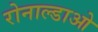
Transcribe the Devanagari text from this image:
रोनाल्डाओ